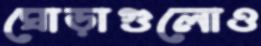
ঘোড়াগুলোও